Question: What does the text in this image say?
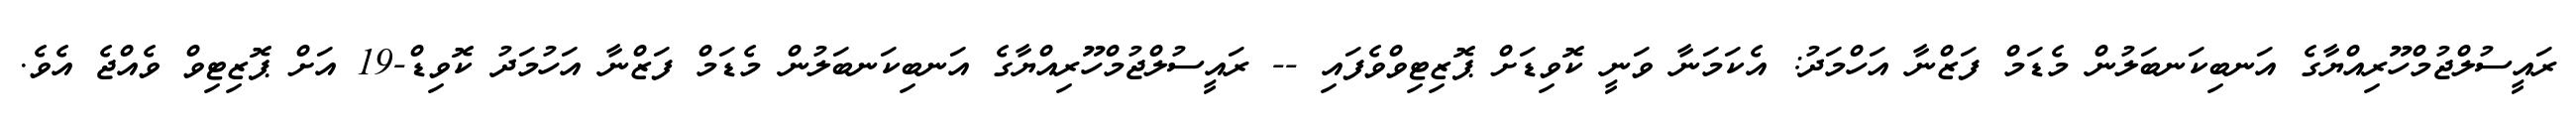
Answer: ރައީސުލްޖުމްހޫރިއްޔާގެ އަނބިކަނބަލުން މެޑަމް ފަޒްނާ އަހްމަދު: އެކަމަނާ ވަނީ ކޮވިޑަށް ޕޮޒިޓިވްވެފައި -- ރައީސުލްޖުމްހޫރިއްޔާގެ އަނބިކަނބަލުން މެޑަމް ފަޒްނާ އަހުމަދު ކޮވިޑް-19 އަށް ޕޮޒިޓިވް ވެއްޖެ އެވެ.